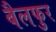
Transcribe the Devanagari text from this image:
बैलफुर